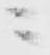
ニ